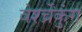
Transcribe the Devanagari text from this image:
वेर्श्च्रेंकुंग